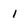
Character: 1